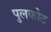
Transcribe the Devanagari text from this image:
पुलकोट